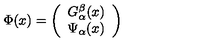
\Phi ( x ) = \left( \begin{array} { c } { G _ { \alpha } ^ { \beta } ( x ) } \\ { \Psi _ { \alpha } ( x ) } \\ \end{array} \right)